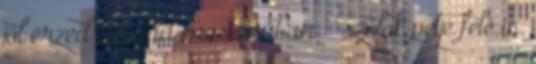
jól érzed magad mostanában. – szólok petje felé is.